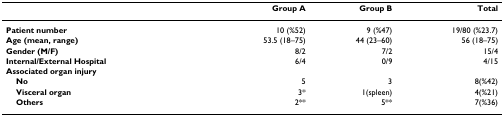
|  | Group A | Group B | Total |
 | --- | --- | --- | --- |
 | Patient number | 10 (%52) | 9 (%47) | 19/80 (%23.7) |
 | Age (mean, range) | 53.5 (18–75) | 44 (23–60) | 56 (18–75) |
 | Gender (M/F) | 8/2 | 7/2 | 15/4 |
 | Internal/External Hospital | 6/4 | 0/9 | 4/15 |
 | Associated organ injury |  |  |  |
 | No | 5 | 3 | 8(%42) |
 | Visceral organ | 3* | 1(spleen) | 4(%21) |
 | Others | 2** | 5** | 7(%36) |